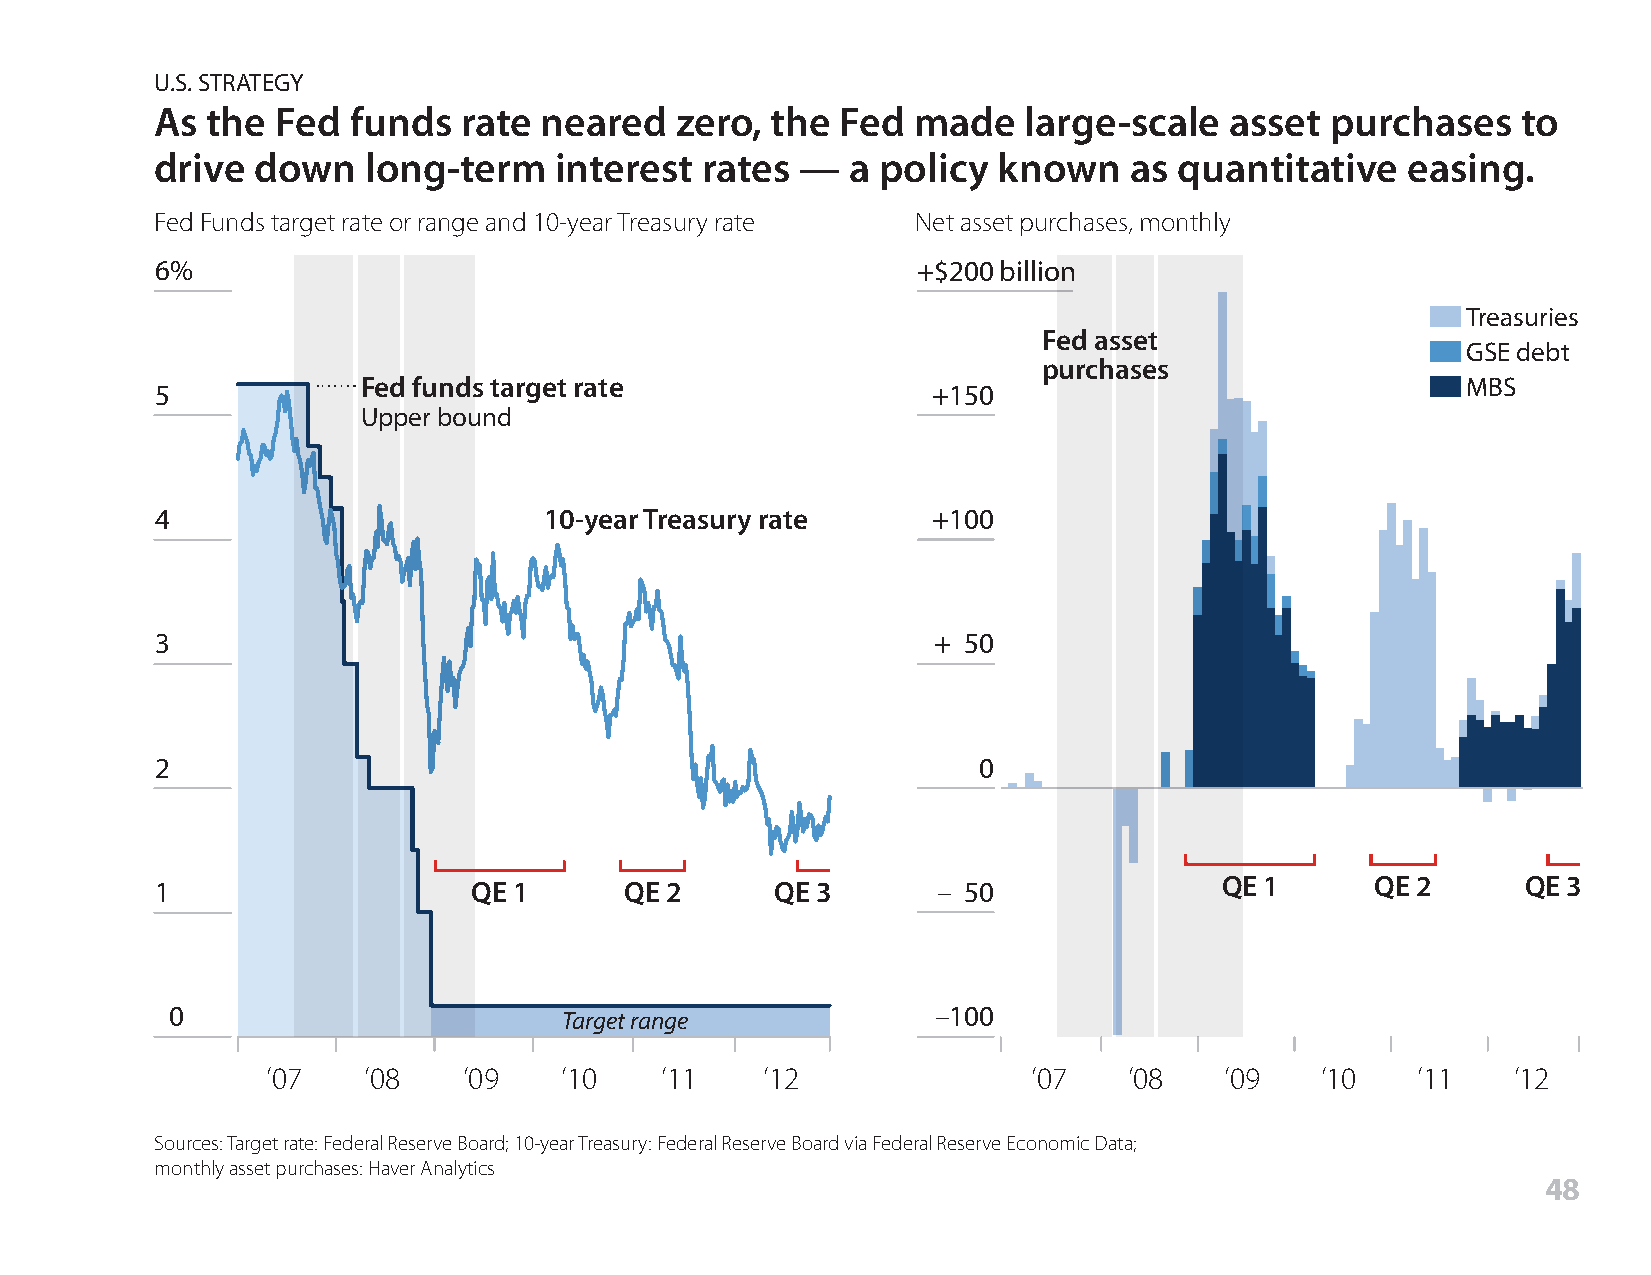
U.S. STRATEGY
 As  the Fed  funds  rate  neared   zero, the  Fed made    large-scale  asset  purchases    to
 drive  down   long-term    interest rates  —  a policy  known    as quantitative   easing.
 Fed Funds target rate or range and 10-year Treasury rate Net asset purchases, monthly
 6%                                                 +$200 billion
 Treasuries
 Fed asset
 GSE debt
 purchases
 Fed funds target rate                                                    MBS
 5                                                   +150
 Upper bound
 4                         10-year Treasury rate     +100
 3                                                   + 50
 2                                                      0
 QE 1      QE 2      QE 3
 1                    QE 1      QE 2      QE 3       – 50
 0                         Target range             –100
 ’07   ’08    ’09   ’10    ’11    ’12              ’07    ’08   ’09   ’10    ’11   ’12
 Sources: Target rate: Federal Reserve Board; 10-year Treasury: Federal Reserve Board via Federal Reserve Economic Data;
 monthly asset purchases: Haver Analytics
 48